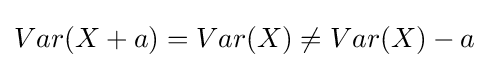
Var(X+a)=Var(X)\neq Var(X)-a